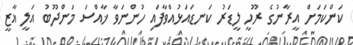
ކަންކަމަށް އީރާނުގެ ރޫހީ ލީޑަރު ކަނޑައަޅުއްވާފައި ހުންނަވާ ޚާއްސަ މަންދޫބު އަލީ ޣާޒީ